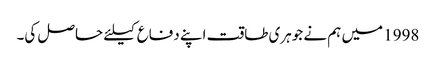
1998 میں ہم نے جوہری طاقت اپنے دفاع کیلئے حاصل کی۔